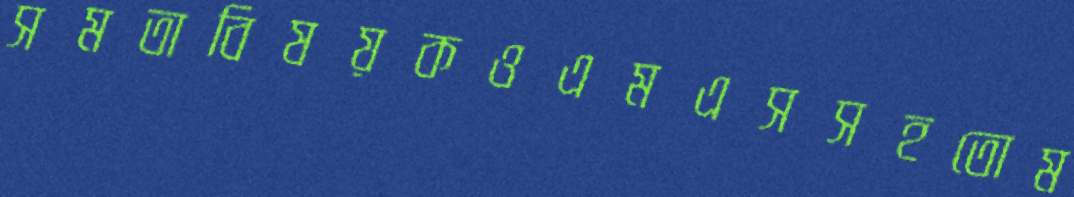
সমতাবিষয়কওএমএসসহতোম